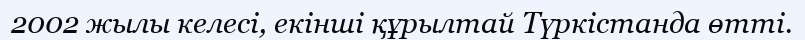
2002 жылы келесі, екінші құрылтай Түркістанда өтті.